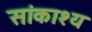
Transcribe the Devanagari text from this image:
सांकाश्य